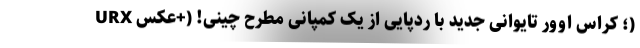
URX ؛ کراس اوور تایوانی جدید با ردپایی از یک کمپانی مطرح چینی! (+عکس)